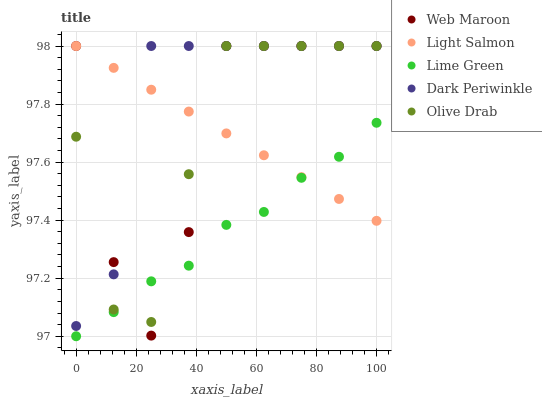
| xaxis_label | Web Maroon | Light Salmon | Lime Green | Dark Periwinkle | Olive Drab |
 | --- | --- | --- | --- | --- | --- |
 | 0 | 98 | 98 | 97 | 97 | 97.7 |
 | 12.5 | 97.3 | 97.9 | 97.1 | 97.2 | 97.1 |
 | 25 | 97 | 97.8 | 97.2 | 98 | 97 |
 | 37.5 | 97.4 | 97.8 | 97.2 | 98 | 97.6 |
 | 50 | 98 | 97.7 | 97.4 | 98 | 98 |
 | 62.5 | 98 | 97.6 | 97.4 | 98 | 98 |
 | 75 | 98 | 97.5 | 97.5 | 98 | 98 |
 | 87.5 | 98 | 97.5 | 97.6 | 98 | 98 |
 | 100 | 98 | 97.4 | 97.7 | 98 | 98 |